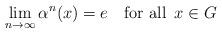
LaTeX: \begin{align*}\lim_{n\to\infty}\alpha^n(x)=e\quad\mbox{for all $\,x\in G$}\end{align*}